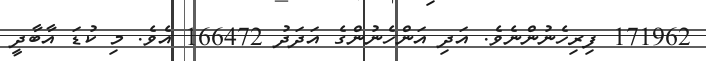
171962 ފިރިހެނުންނެވެ. އަދި އަންހެނުންގެ އަދަދު 166472 އެވެ. މި ކުޑަ އާބާދީ